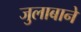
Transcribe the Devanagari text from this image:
जुलाबाने